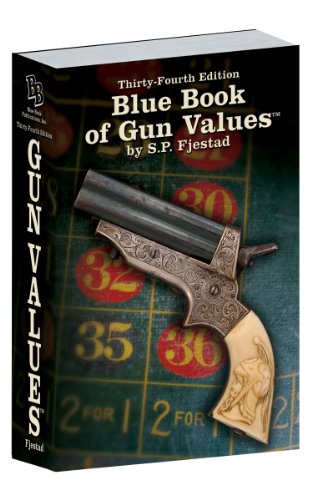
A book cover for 34th Edition Blue Book of Gun Values; S.P. Fjestad; Reference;